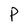
Character: P